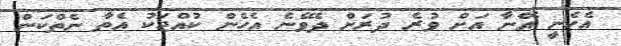
އެހެނީ އޭނާ އަށް ވުރެ ދުރަށް ދެވޭނެ އެހެން ކުއްޖަކު އެތާ ނެތްކަން